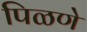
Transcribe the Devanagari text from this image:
पिळणे